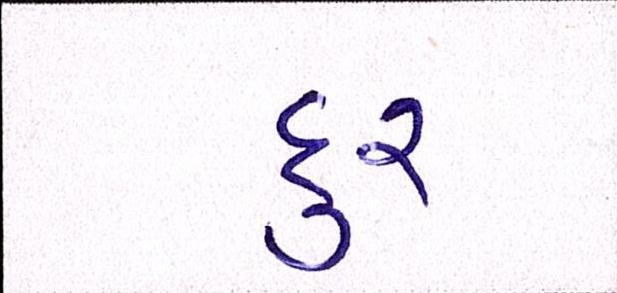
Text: દુર